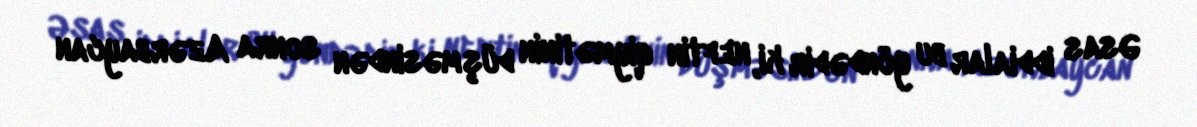
Əsas iddialar bu yöndədir ki, neftin qiymətinin düşməsindən sonra Azərbaycan